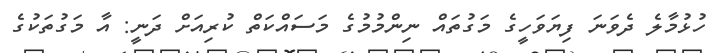
ހުޅުމާލެ ދެވަނަ ފިޔަވަހީގެ މަގުތައް ނިންމުމުގެ މަސައްކަތް ކުރިއަށް ދަނީ: އާ މަގުތަކުގެ